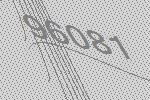
96081